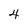
Character: 4